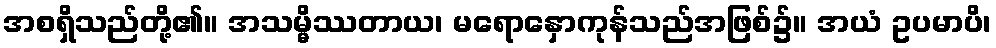
အစရှိသည်တို့၏။ အသမ္မိဿတာယ၊ မရောနှောကုန်သည်အဖြစ်၌။ အယံ ဥပမာပိ၊